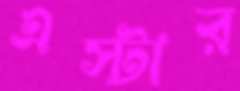
এস্টার